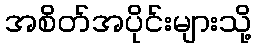
အစိတ်အပိုင်းများသို့